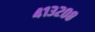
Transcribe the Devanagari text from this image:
४१३२०८